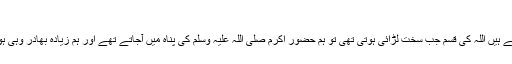
مسلم )
٭ ایک روایت میں ہے کہ حضرت براء رضی اللہ عنہ فرماتے ہیں اللہ کی قسم جب سخت لڑائی ہوتی تھی تو ہم حضور اکرم صلی اللہ علیہ وسلم کی پناہ میں آجاتے تھے اور ہم زیادہ بھادر وہی ہوتا تھا جو آ پ صلی اللہ علیہ وسلم کے قریب رہ کر لڑتا تھا ۔